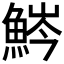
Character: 𩷒